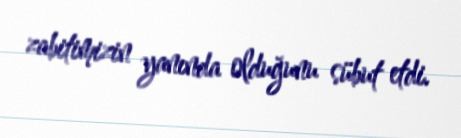
zabitimizin yanında olduğunu sübut etdi.